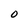
Character: 0